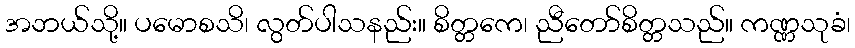
အဘယ်သို့။ ပမောစသိ၊ လွတ်ပါသနည်း။ စိတ္တကေ၊ ညီတော်စိတ္တသည်။ ကဏ္ဏသုခံ၊